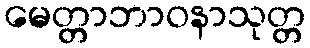
မေတ္တာဘာဝနာသုတ္တ